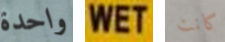
واحدة WET كانت